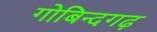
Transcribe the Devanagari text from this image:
गोबिन्दगढ़